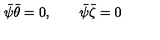
\bar { \psi } \bar { \theta } = 0 , \qquad \bar { \psi } \bar { \zeta } = 0